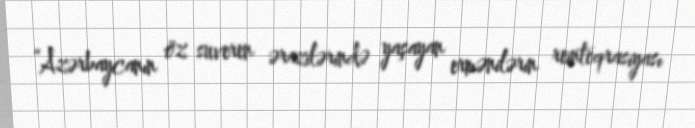
“Azərbaycanın öz suveren ərazilərində yaşayan ermənilərin reinteqrasiyası